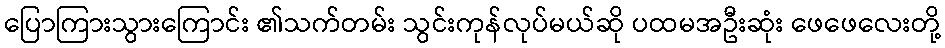
ပြောကြားသွားကြောင်း ၏သက်တမ်း သွင်းကုန်လုပ်မယ်ဆို ပထမအဦးဆုံး ဖေဖေလေးတို့